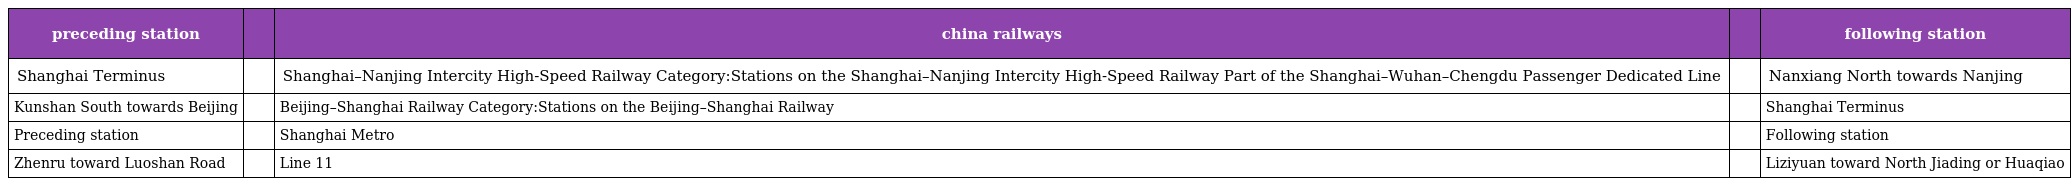
| preceding station |  | china railways |  | following station |
 | --- | --- | --- | --- | --- |
 | Shanghai Terminus |  | Shanghai–Nanjing Intercity High-Speed Railway Category:Stations on the Shanghai–Nanjing Intercity High-Speed Railway Part of the Shanghai–Wuhan–Chengdu Passenger Dedicated Line |  | Nanxiang North towards Nanjing |
 | Kunshan South towards Beijing |  | Beijing–Shanghai Railway Category:Stations on the Beijing–Shanghai Railway |  | Shanghai Terminus |
 | Preceding station |  | Shanghai Metro |  | Following station |
 | Zhenru toward Luoshan Road |  | Line 11 |  | Liziyuan toward North Jiading or Huaqiao |